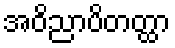
အဝိညာပိတတ္ထာ